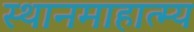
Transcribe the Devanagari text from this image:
स्थानमाहात्म्य